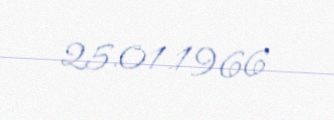
25.01.1966